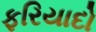
ફરિયાદો